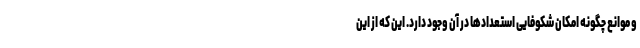
و موانع چگونه امکان شکوفایی استعدادها در آن وجود دارد. این که از این